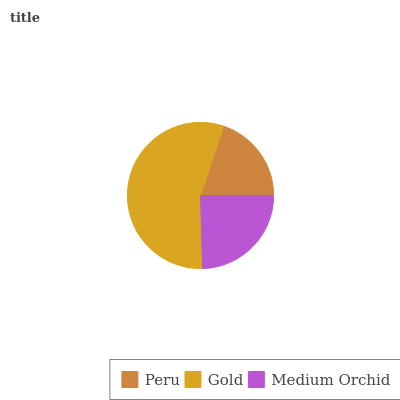
| Peru | Gold | Medium Orchid |
 | --- | --- | --- |
 | 19.9% | 55.6% | 24.5% |